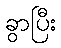
ခွာပြီး